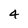
Character: 4